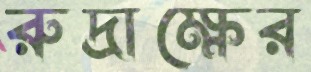
রুদ্রাক্ষের